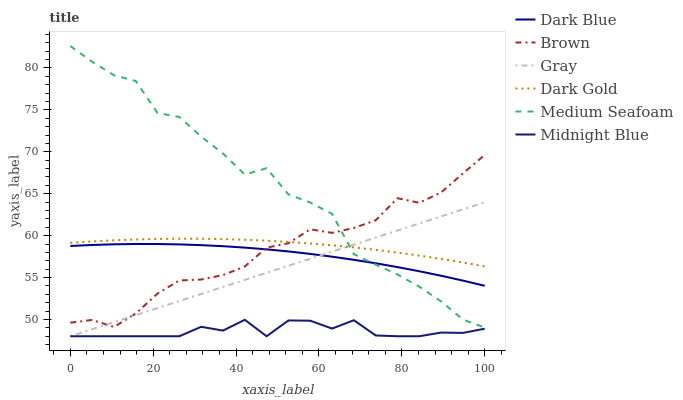
| xaxis_label | Dark Blue | Brown | Gray | Dark Gold | Medium Seafoam | Midnight Blue |
 | --- | --- | --- | --- | --- | --- | --- |
 | 0 | 58.8 | 49.6 | 48 | 59.1 | 82.6 | 48 |
 | 5.26 | 58.9 | 49.9 | 48.8 | 59.3 | 80.7 | 48 |
 | 10.5 | 59 | 49.1 | 49.7 | 59.4 | 79.1 | 48 |
 | 15.8 | 59 | 50.7 | 50.5 | 59.5 | 78.4 | 48 |
 | 21.1 | 59 | 53.1 | 51.4 | 59.6 | 74.6 | 48 |
 | 26.3 | 59 | 54.7 | 52.2 | 59.6 | 74.2 | 48 |
 | 31.6 | 58.9 | 54.8 | 53 | 59.6 | 71.8 | 49.1 |
 | 36.8 | 58.7 | 55.3 | 53.9 | 59.6 | 69.8 | 48.7 |
 | 42.1 | 58.6 | 56.3 | 54.7 | 59.5 | 67.3 | 50 |
 | 47.4 | 58.4 | 58.6 | 55.6 | 59.4 | 68 | 48 |
 | 52.6 | 58.1 | 59.1 | 56.4 | 59.2 | 64.9 | 49.9 |
 | 57.9 | 57.8 | 60.8 | 57.2 | 59.1 | 64 | 49.9 |
 | 63.2 | 57.5 | 60.3 | 58.1 | 58.8 | 62.6 | 48.9 |
 | 68.4 | 57.1 | 60.9 | 58.9 | 58.6 | 57.8 | 49.9 |
 | 73.7 | 56.7 | 61.8 | 59.8 | 58.3 | 56.5 | 48.1 |
 | 78.9 | 56.2 | 64.5 | 60.6 | 58 | 55.4 | 48 |
 | 84.2 | 55.8 | 63.9 | 61.5 | 57.6 | 53.9 | 48 |
 | 89.5 | 55.2 | 65.1 | 62.3 | 57.2 | 52.2 | 48.4 |
 | 94.7 | 54.6 | 67.4 | 63.1 | 56.8 | 50 | 48.4 |
 | 100 | 54 | 69.6 | 64 | 56.3 | 49 | 48.9 |